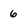
Character: 6